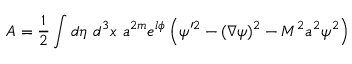
A = { \small \frac { 1 } { 2 } } \int d \eta \ d ^ { 3 } x \ a ^ { 2 m } e ^ { l \phi } \left( \psi ^ { \prime 2 } - ( \nabla \psi ) ^ { 2 } - M ^ { 2 } a ^ { 2 } \psi ^ { 2 } \right)